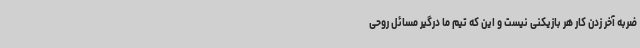
ضربه آخر زدن کار هر بازیکنی نیست و این که تیم ما درگیر مسائل روحی